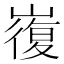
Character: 㠅